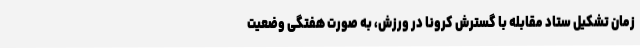
زمان تشکیل ستاد مقابله با گسترش کرونا در ورزش، به صورت هفتگی وضعیت